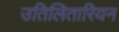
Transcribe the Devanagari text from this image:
उतिलितारियन